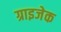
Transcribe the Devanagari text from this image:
ग्राइजेक